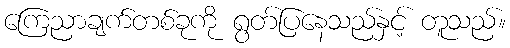
ကြေညာချက်တစ်ခုကို ရွတ်ပြနေသည်နှင့် တူသည်။